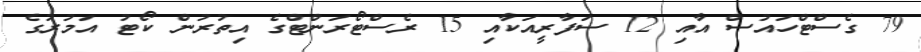
79 ގެސްޓްހައުސް އާއި 12 ސަފާރީއަކާއި 15 ރެސްޓޯރަންޓްގެ އިތުރުން ކޯޓު އަމުރުގެ